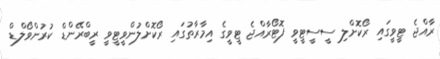
ރާއްޖެ ޓީވީގައި ރޯކޮށްލި ސީސީޓީވީ ފޮޓޯރާއްޖެ ޓީވީގެ އިމާރާތުގައި ރޯކޮށްލުންވީޓީވީ ރީބްރޭންޑް ކުރުންވޯލްޑް